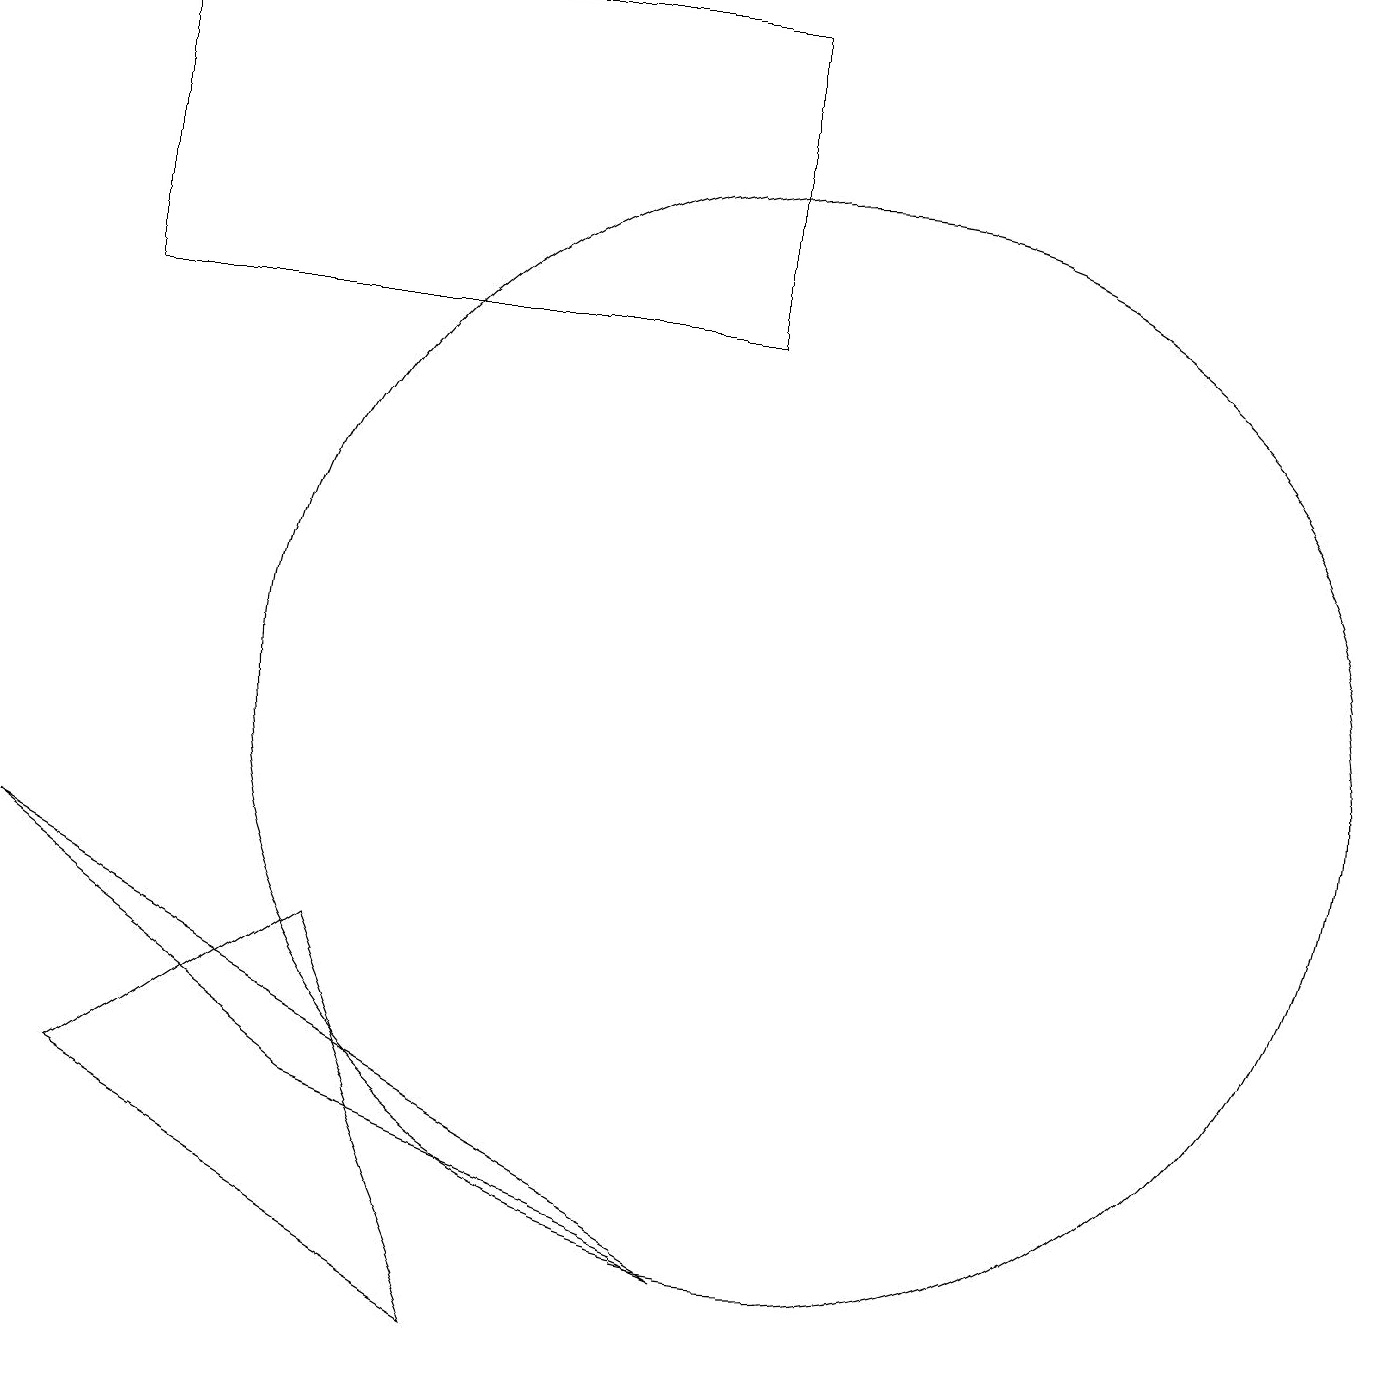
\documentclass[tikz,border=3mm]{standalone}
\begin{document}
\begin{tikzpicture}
\draw (10,10) circle (7);
\draw (9,3) -- (0,8) -- (4,5) -- cycle;
\draw (1,19) rectangle (9,15);
\draw (6,2) -- (1,5) -- (4,7) -- cycle;
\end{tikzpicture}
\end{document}